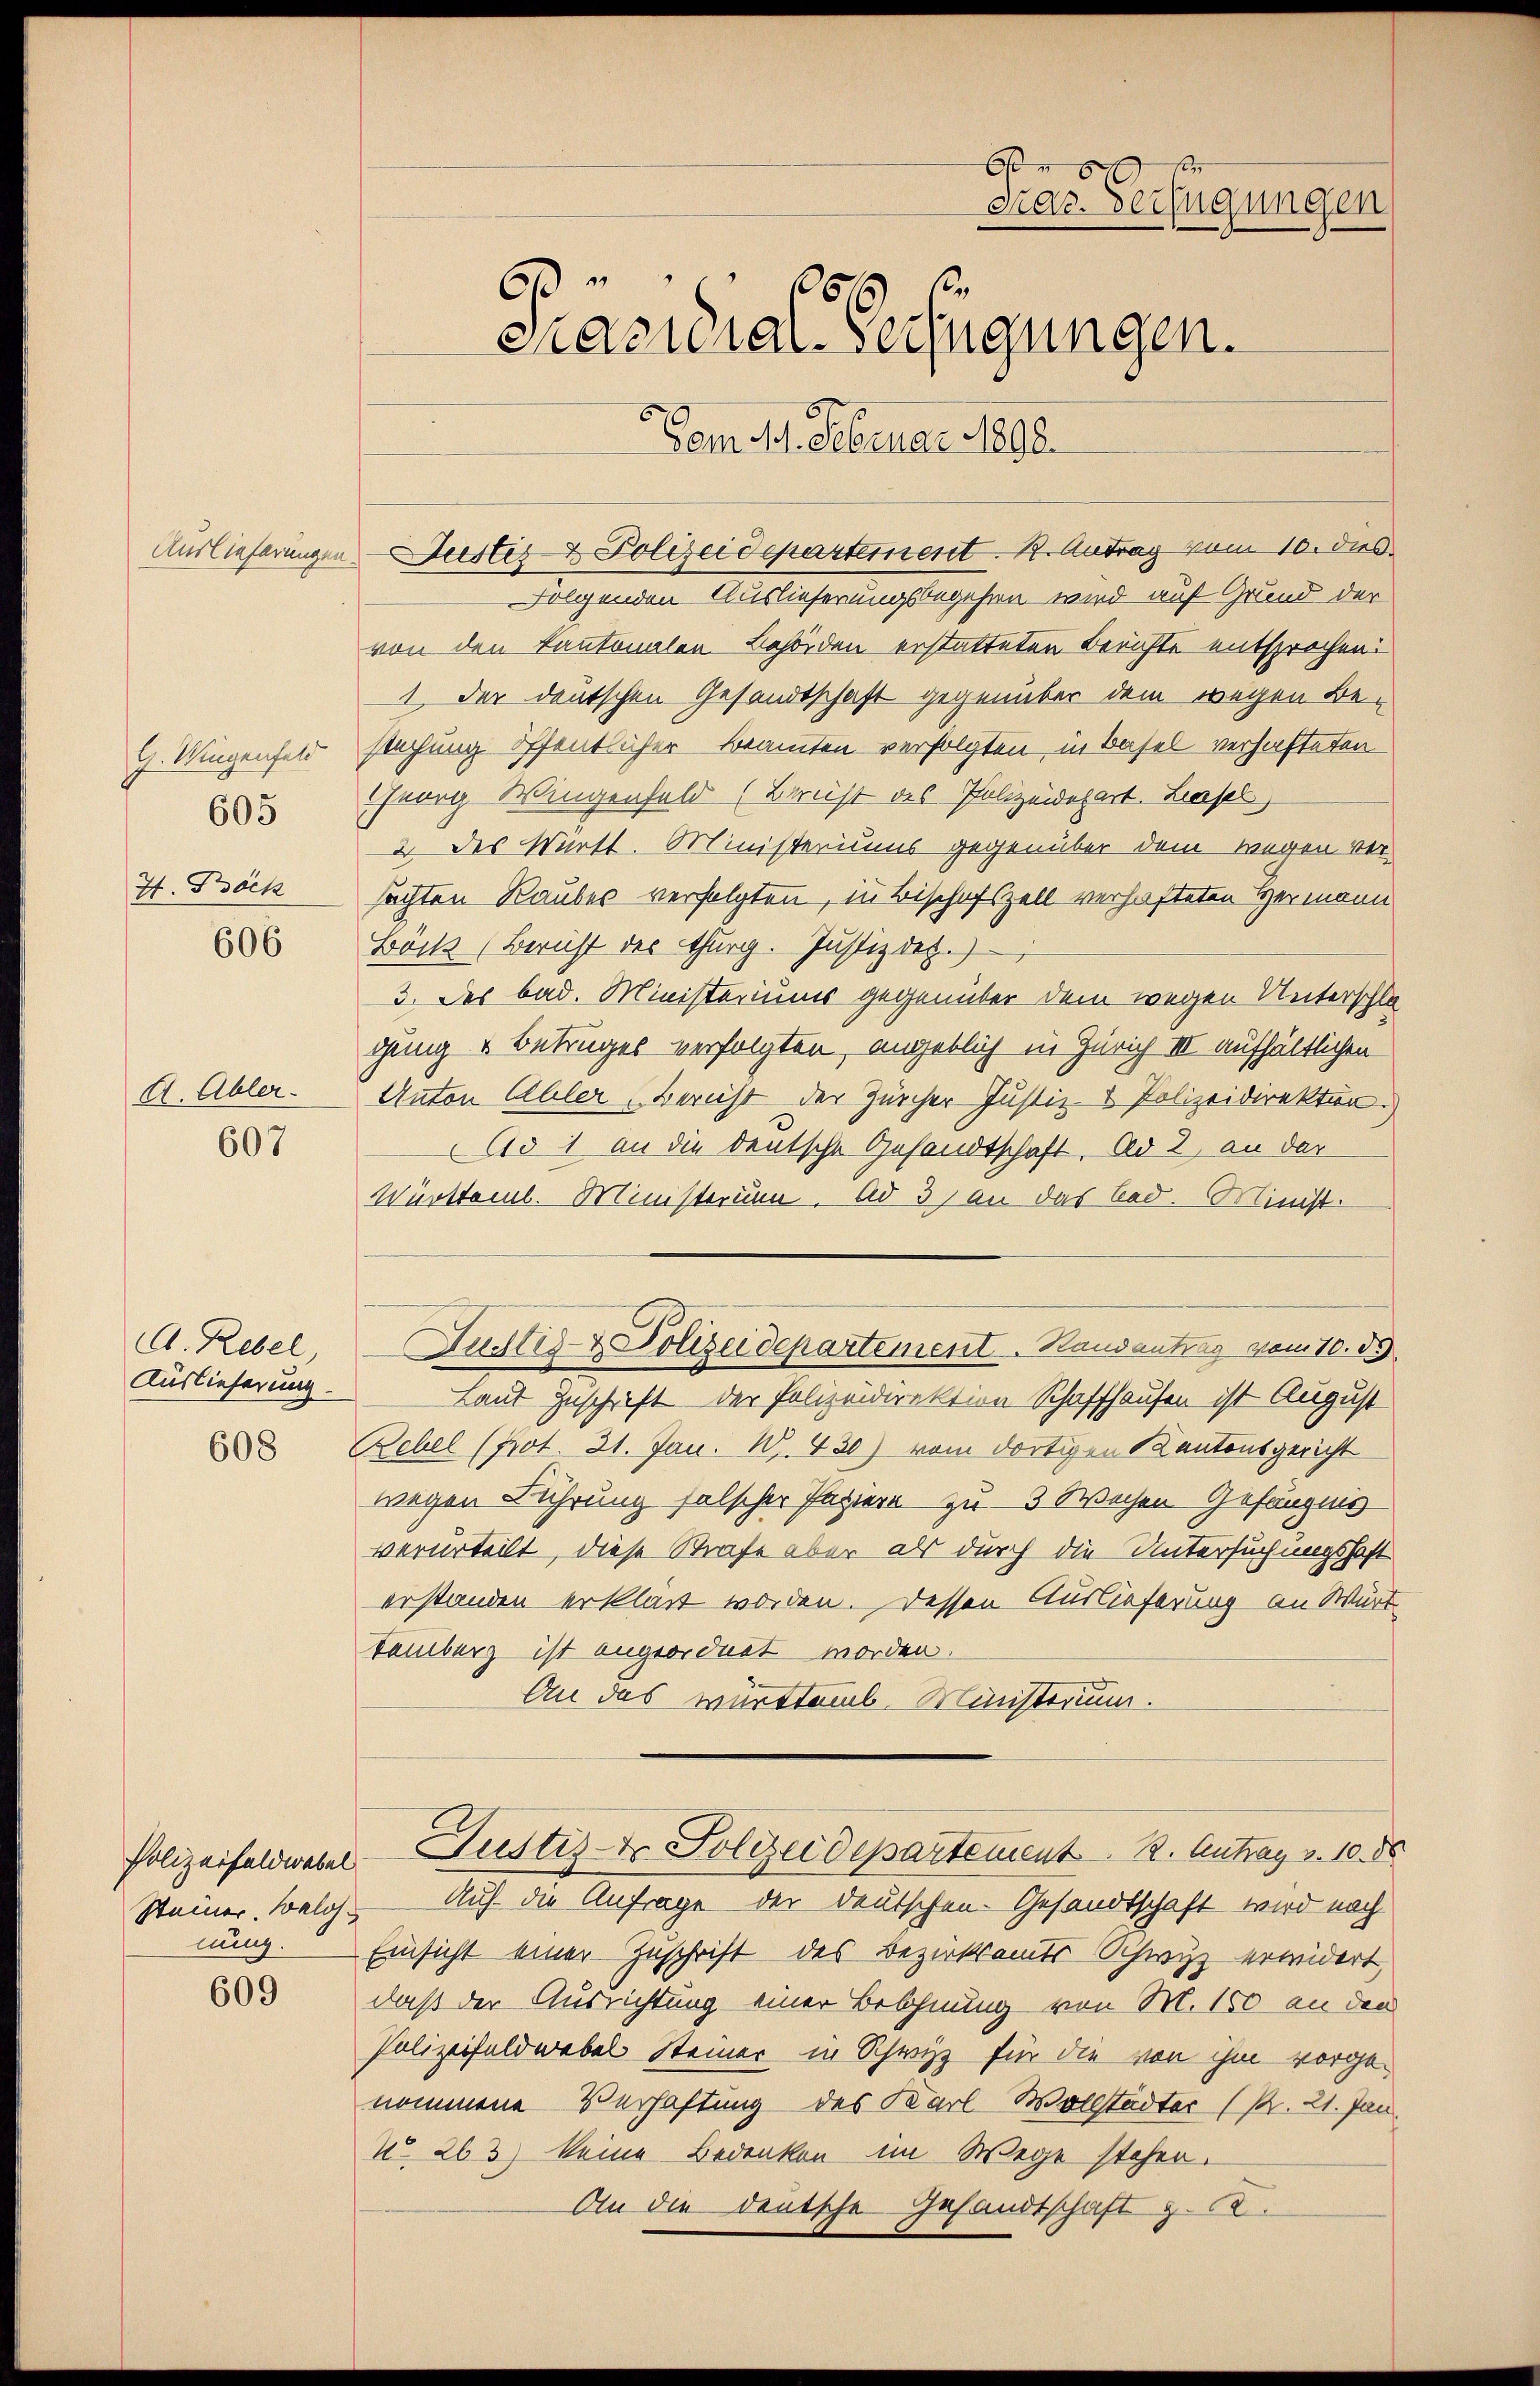
Auslieferungen.

G. Wigenfeld
7. Böck

605

606

A. Abler-

607

A. Rebel
Auslieferung.

Polizeifeldwebel.
Steiner. Walos.
nung.

609

Suster & Polizeidepartement. 2. Antrag vom 10. dies
Folgenden Auslieferungsbegehen wird auf Grund der
von den Kantonalen Behörden erstatteten Berichte entsprochen.
1 der deutschen Gesandtschaft gegenüber dem wegen Besuchung öffentlicher Beamten verfolgten in Basel verhafteten
Feorg Wingenfeld (Bernst des Polizeidepart. Liesel
2 des Württ. Ministeriums gegenüber dem wegen Versachten Rauber verfolgten, in Bischofszell verhafteten Hermann
Böck (Bericht des Thurg. Justiz dez.)
3. Des bad. Ministeriums gegenüber dem wegen Unterschla
gung u Betruges verfolgten, angeblich in Zürich III aufhältlichen
Anton Aller Bericht der Zürcher Justiz- & Polizeidirektion.
615 1 an die deutsche Gesandtschaft. Ad 2, an der
Württemb. Ministerum. Ad 31 an das bad. Minist.
Laut Zuschrift der Polizeidirektion Schaffhausen ist August
 Bebel (Prot. 21. Jan. W. 430) vom dortigen Kantonsgericht
wegen Führung falscher Papiere zu 3 Wochen Gefängnis
verurteilt, diese Strafe aber als durch die Untersuchungshaft
erstanden erklärt worden. Dessen Auslieferung an Würt¬
Tamberg ist angeordnet worden.
An das württemb. Ministerium.
Justiz- & Polizeidepartement 12. Antrag v. 10. 86
Auf die Anfrage der Deutschen Gesandtschaft wird nach
Einsicht einer Zuschrift des Bezirksamts Schwyz erwidert,
daß der Ausrichtung einer Beschnung von M. 150 an den
Polizeifeldwebel Steiner in Schwyz für die von ihm vorgenommene Verhaftung des Karl Wollstadter (R. 21. Jan.
N° 263) keine Bedenken im Wege stehen.
An die deutsche Gesandtschaft z. B.

6 x
Pras. Verfügungen
6
106
cnacidial-Verfügungen.
Vom 19. Februar 1892.

Justiz- & Polizeidepartement Randantrag vom 10. ds.